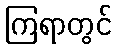
ကြရာတွင်